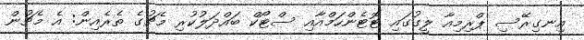
އިނގިރޭސި ޕްރިމިއާ ލީގުގައި ޓޮޓެންހަމްއާއި ސްޓޯކް ބައްދަލުކުރި މެޗުގެ ތެރެއިން: އެ މެޗުން